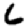
Digit: 6